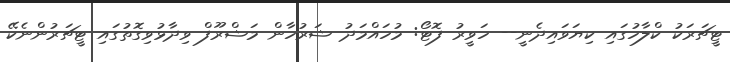
ޓީޗަރަކު ކްލާހުގައި ކިޔަވައިދެނީ-- ހަވީރު ފޮޓޯ: މުހައްމަދު ޝަރުހާން މަޝްރޫފް ވިދާޅުވިގޮތުގައި ޓީޗަރުންނެކޭ